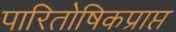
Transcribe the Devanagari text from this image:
पारितोषिकप्राप्त